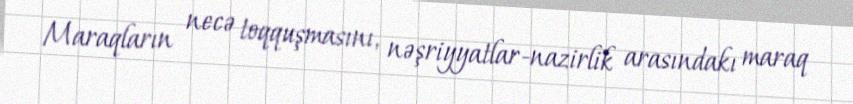
Maraqların necə toqquşmasını, nəşriyyatlar-nazirlik arasındakı maraq